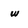
Character: w